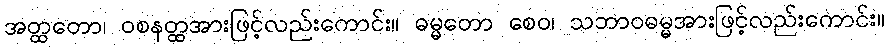
အတ္ထတော၊ ဝစနတ္ထအားဖြင့်လည်းကောင်း။ ဓမ္မတော စေဝ၊ သဘာဝဓမ္မအားဖြင့်လည်းကောင်း။